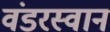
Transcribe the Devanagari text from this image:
वंडरस्वान